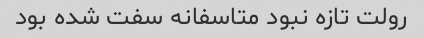
رولت تازه نبود متاسفانه سفت شده بود